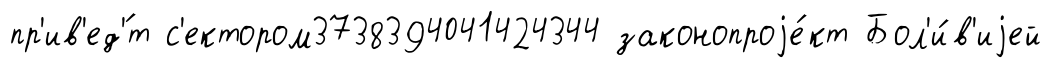
пр'ив'ед'́т с'ектором3738394041424344 законопроjе́кт Бол'и́в'иjей